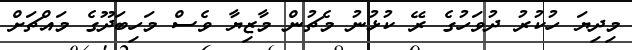
މިދިޔަ ހުކުރު ދުވަހުގެ ރޭ ކުޅުނު މެޗުން މާޒިޔާ ވެސް މަހިބަދޫގެ މައްޗަށް